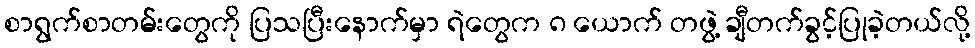
စာရွက်စာတမ်းတွေကို ပြသပြီးနောက်မှာ ရဲတွေက ၈ ယောက် တဖွဲ့ ချီတက်ခွင့်ပြုခဲ့တယ်လို့